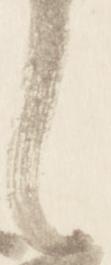
々